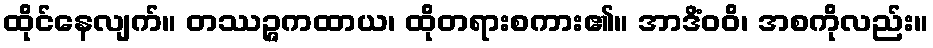
ထိုင်နေလျက်။ တဿဉ္ဇကထာယ၊ ထိုတရားစကား၏။ အာဒိံဝဝိ၊ အစကိုလည်း။